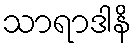
သာရာဒါနိ